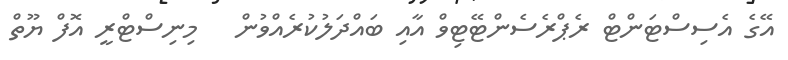
އޭގެ އެސިސްޓަންޓް ރެޕްރެސެންޓޭޓިވް އާއި ބައްދަލުކުރެއްވުން   މިނިސްޓްރީ އޮފް ޔޫތް